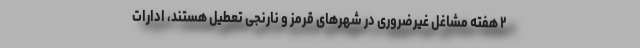
۲ هفته مشاغل غیرضروری در شهرهای قرمز و نارنجی تعطیل هستند، ادارات